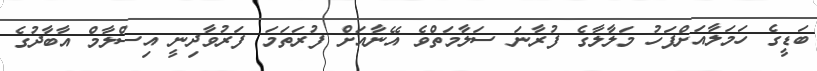
ބަޑީގެ ހަމަލާއަށްފަހު މަލާލާގެ ފުރާނަ ސަލާމަތްވެ އޭނާއަށް ފުރަތަމަ ފަރުވާދިނީ އިސްލާމް އާބާދުގެ